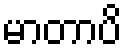
မာတာပိ